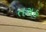
તરાહ